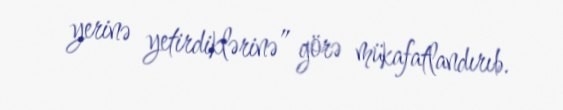
yerinə yetirdiklərinə” görə mükafatlandırıb.